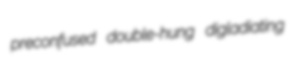
preconfused double-hung digladiating